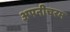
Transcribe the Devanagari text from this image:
अपनीचरम